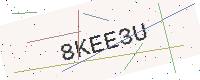
Text: 8KEE3U